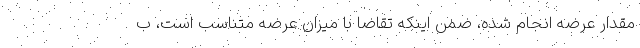
مقدار عرضه انجام شده، ضمن اینکه تقاضا با میزان عرضه متناسب است، ب